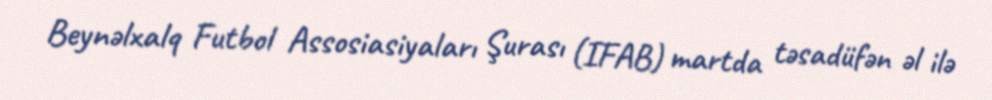
Beynəlxalq Futbol Assosiasiyaları Şurası (IFAB) martda təsadüfən əl ilə